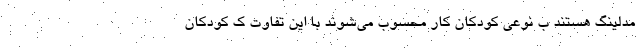
مدلینگ هستند ب نوعی کودکان کار محسوب می‌شوند با این تفاوت ک کودکان